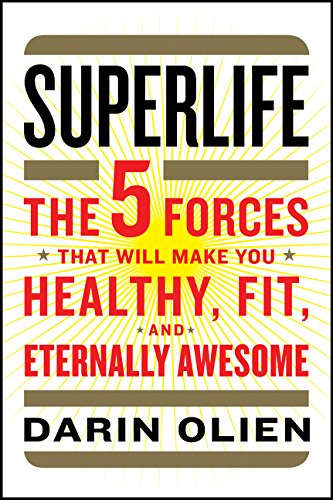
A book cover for SuperLife: The 5 Forces That Will Make You Healthy, Fit, and Eternally Awesome; Darin Olien; Health, Fitness & Dieting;